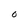
Character: 0